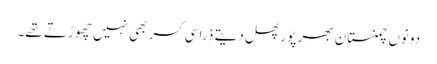
دونوں چمنستان بھر پور پھل دیتے ذرا سی کسر بھی نہیں چھوڑتے تھے۔